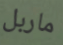
ماربل